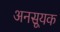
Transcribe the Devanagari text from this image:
अनसूयक